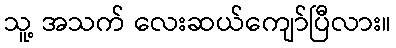
သူ့ အသက် လေးဆယ်ကျော်ပြီလား။